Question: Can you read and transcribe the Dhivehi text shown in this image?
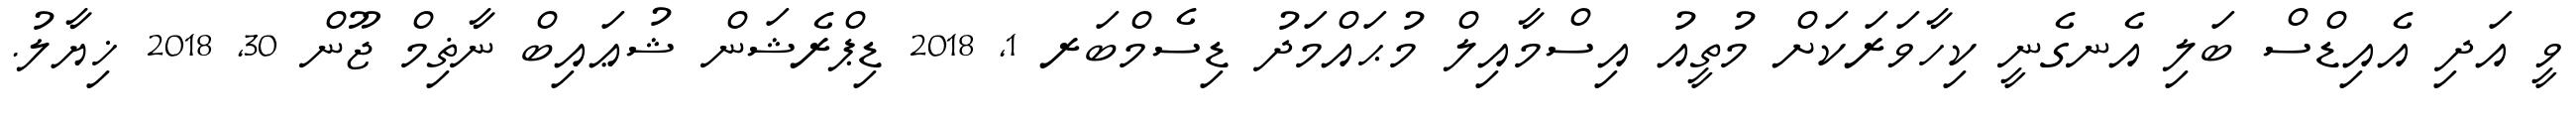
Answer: ވީ އަދި އެއިޑްސް ބަލި އެނގެނީ ކިހާވަރަކަށް މުތީއު އިސްމާއިލް މުޙައްމަދު ޑިސެމްބަރ 1, 2018 ޑިޕްރެޝަން ޝުޢައިބް ނާޡިމް ޖޫން 30, 2018 ޚިޔާލު.